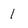
Character: 1